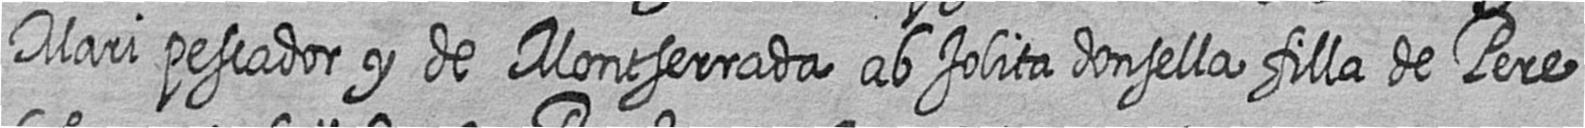
Mari pescador y de Montserrada ab Jolita donsella filla de Pere